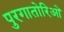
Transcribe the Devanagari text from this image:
पुरगातोरिओ